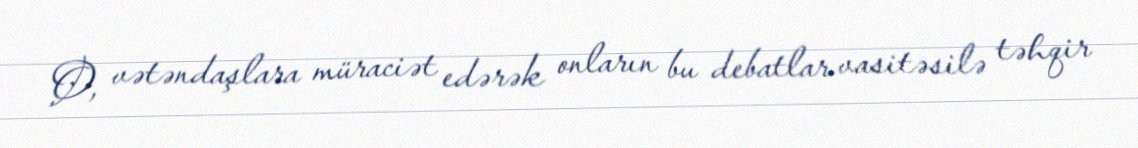
O, vətəndaşlara müraciət edərək onların bu debatlar vasitəsilə təhqir